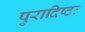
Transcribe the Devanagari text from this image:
पुरादिष्टः